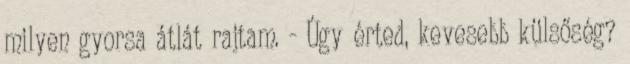
milyen gyorsa átlát rajtam. - Úgy érted, kevesebb külsőség?